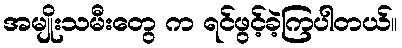
အမျိုးသမီးတွေ က ရင်ဖွင့်ခဲ့ကြပါတယ်။